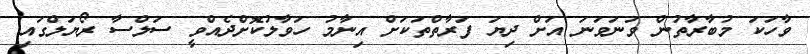
ވާހަކަ މުބާރާތުން ވަނަވަނަ އަށް ދިޔަ ފަރާތްތަކަށް އިނާމު ހަވާލުކޮށްދެއްވީ ސަލްސާ ރޯޔަލްގައި